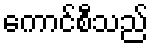
ကောင်စီသည်